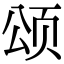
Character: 颂